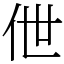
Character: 伳